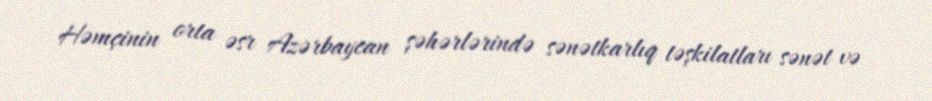
Həmçinin orta əsr Azərbaycan şəhərlərində sənətkarlıq təşkilatları sənət və